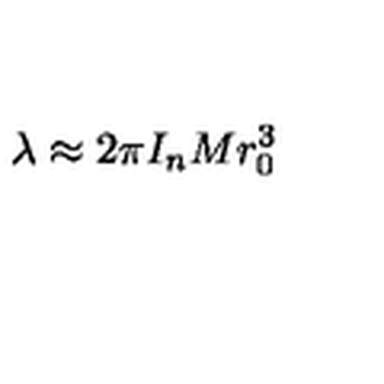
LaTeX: \lambda \approx 2 \pi I _ { n } M r _ { 0 } ^ { 3 }